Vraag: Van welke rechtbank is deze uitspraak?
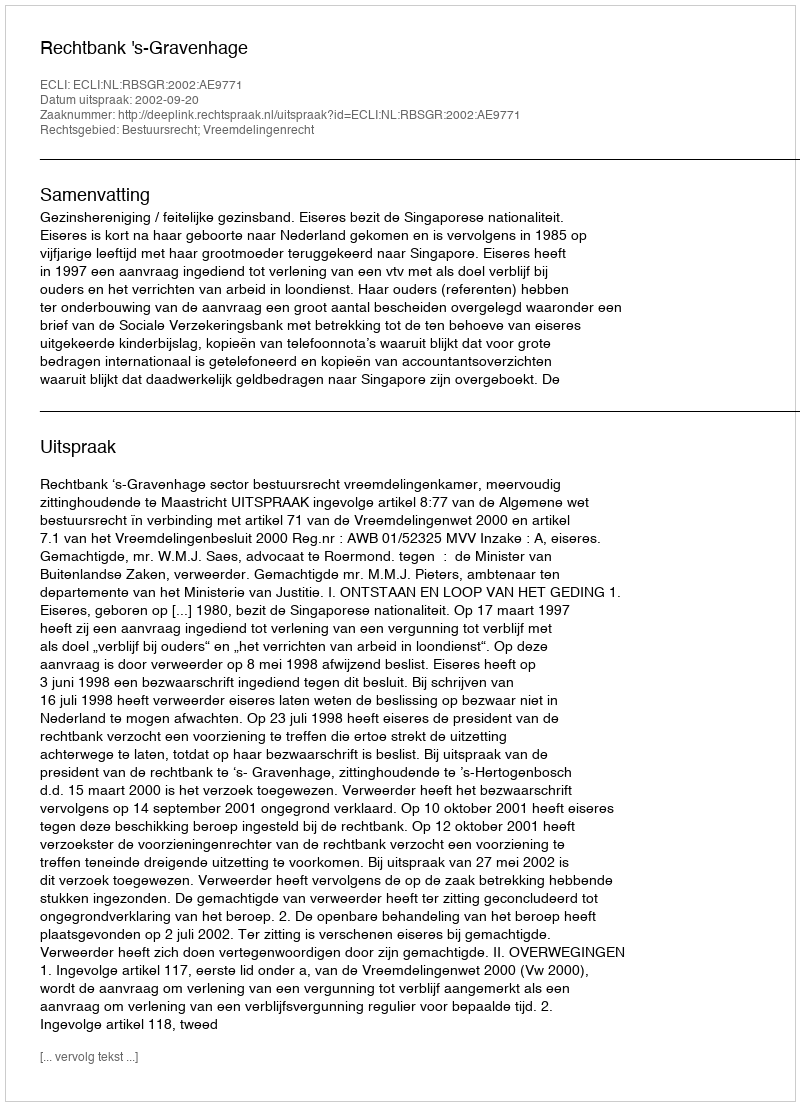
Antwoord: Rechtbank 's-Gravenhage